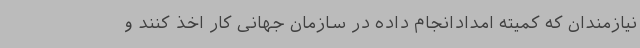
نیازمندان که کمیته امدادانجام داده در سازمان جهانی کار اخذ کنند و